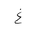
Letter: _gayn